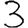
Digit: 3